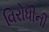
વિરોધીની